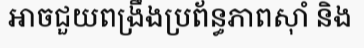
អាចជួយពង្រឹងប្រព័ន្ធភាពស៊ាំ និង